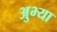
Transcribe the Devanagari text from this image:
अुभ्या